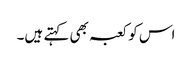
اس کو کعبہ بھی کہتے ہیں۔